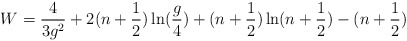
\begin{align*}W=\frac {4}{3g^2}+2(n+\frac {1}{2})\ln(\frac {g}{4})+(n+\frac{1}{2})\ln(n+\frac {1}{2})-(n+\frac {1}{2})\end{align*}